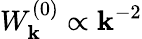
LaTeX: W_{\mathbf{k}}^{(0)}\propto\mathbf{k}^{-2}